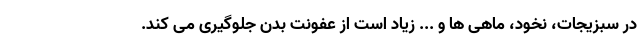
در سبزیجات، نخود، ماهی ها و ... زیاد است از عفونت بدن جلوگیری می کند.